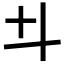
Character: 𠥼